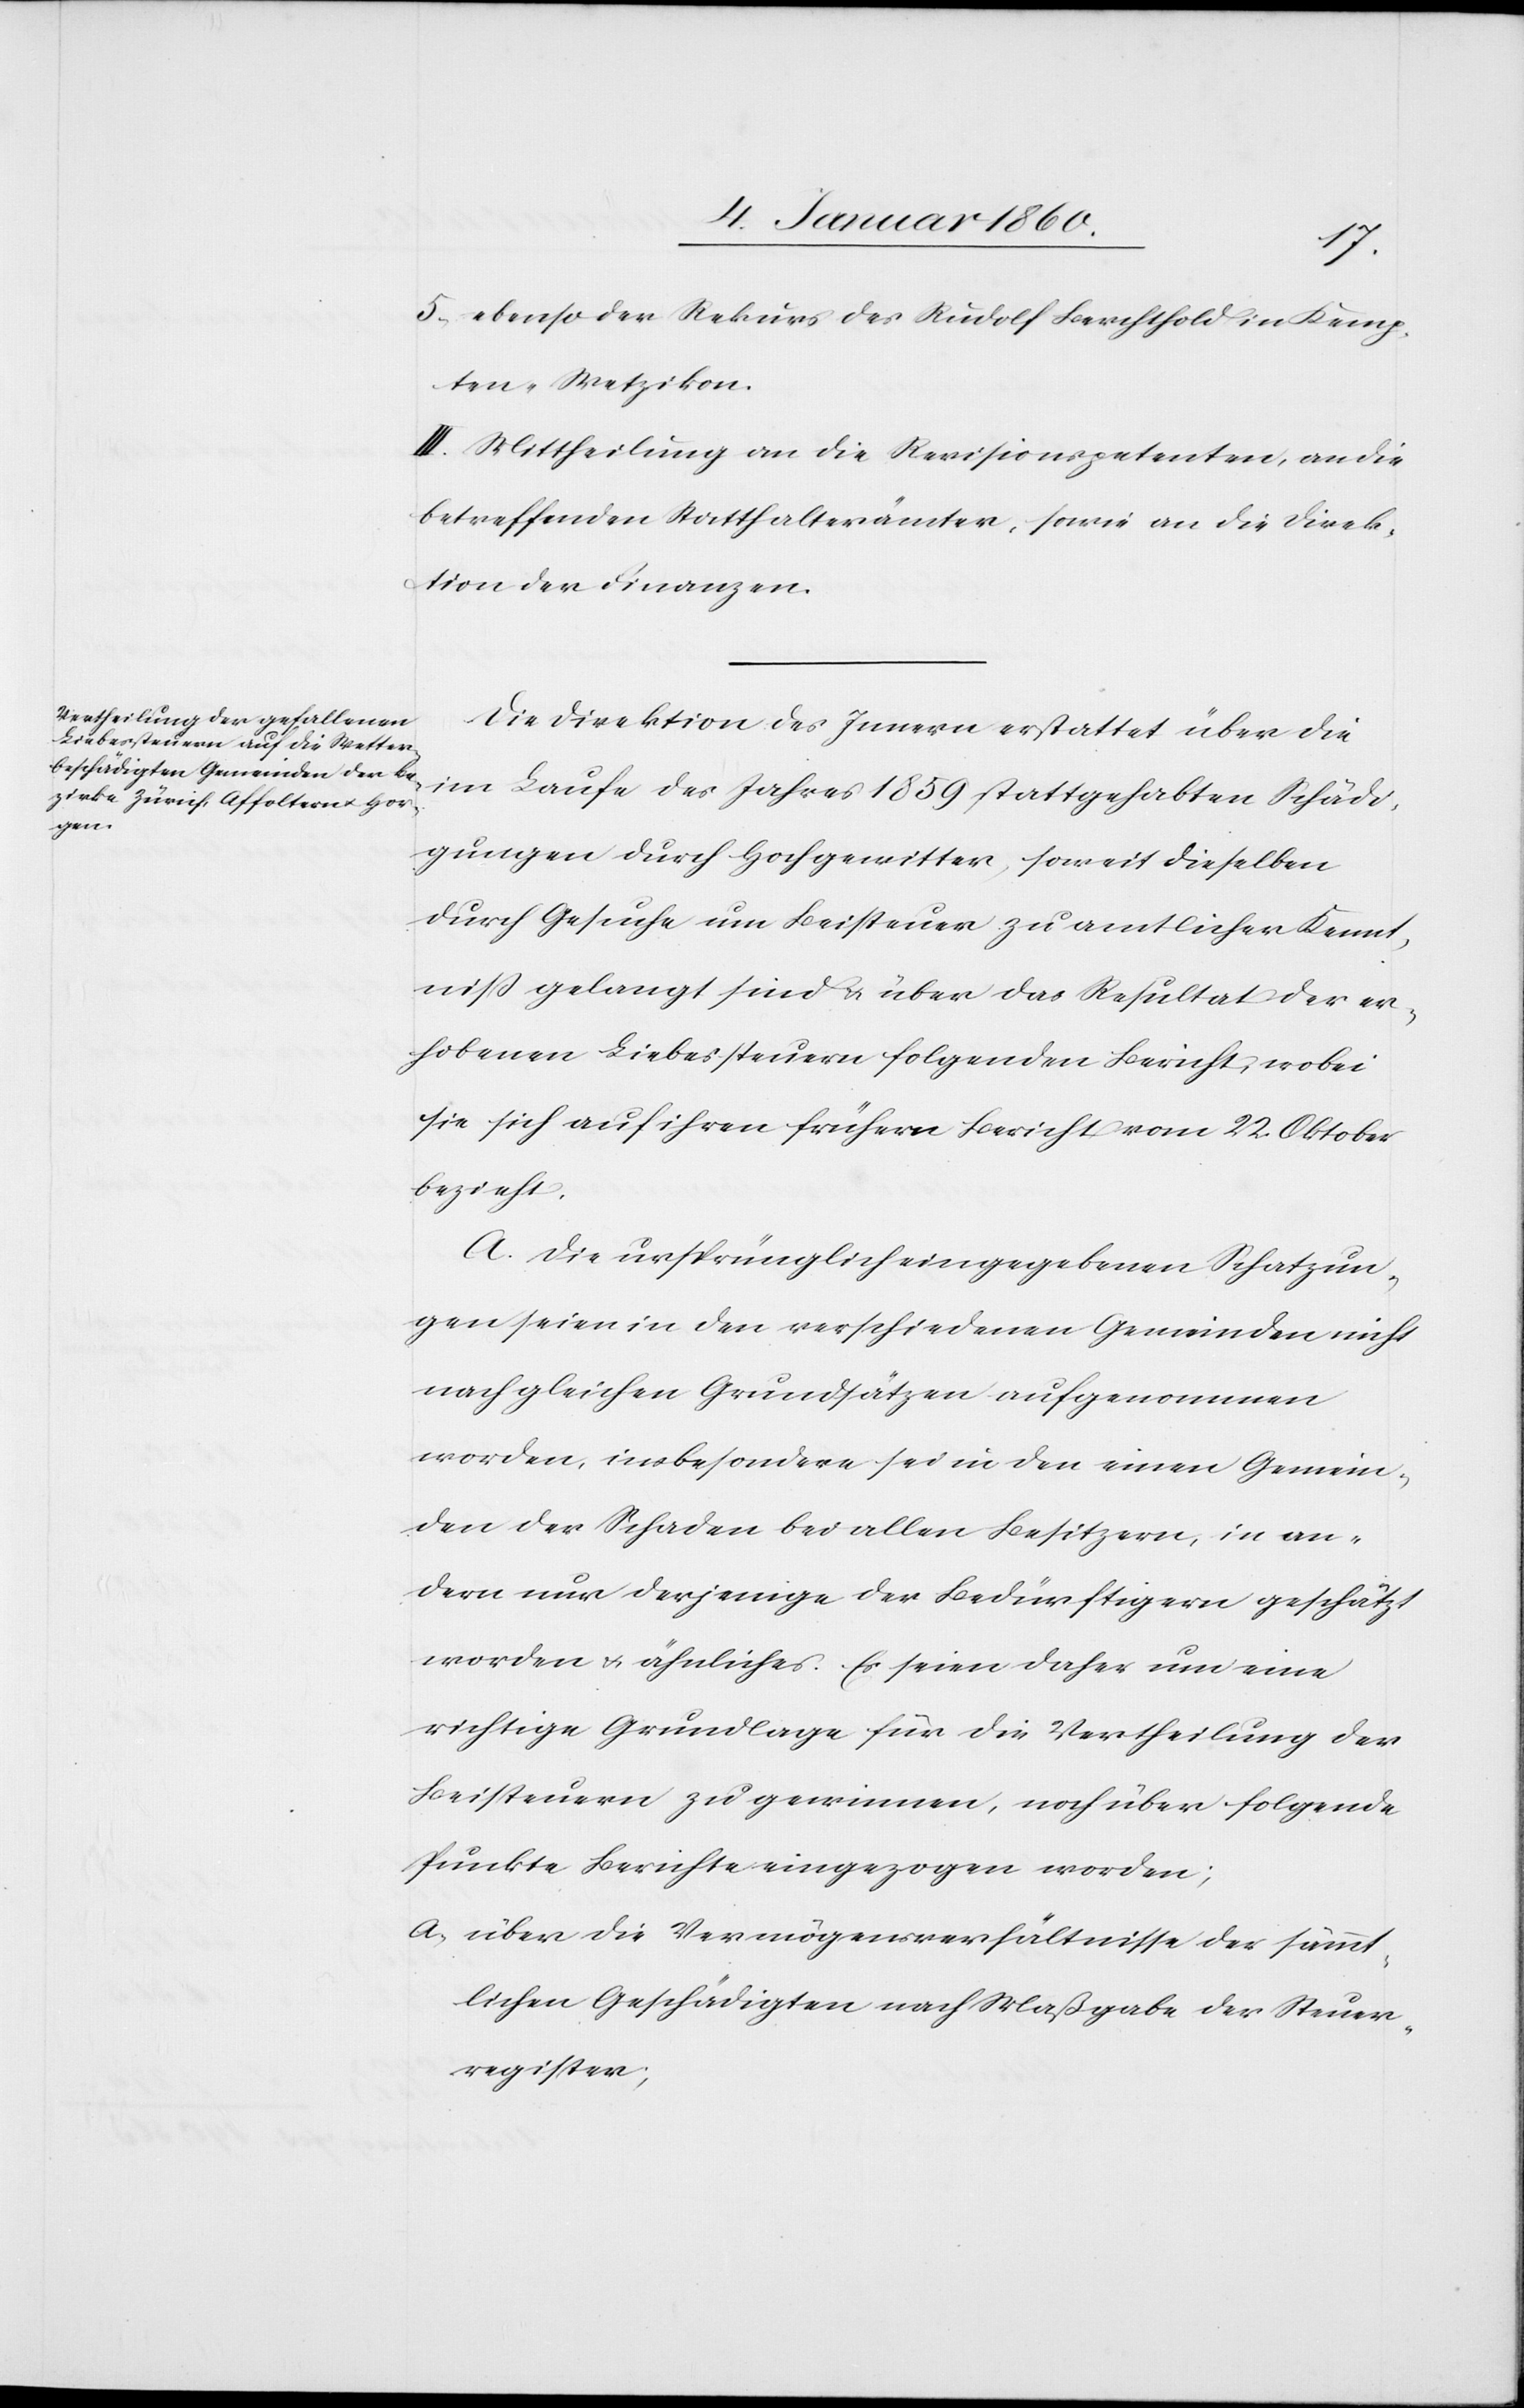
5. ebenso der Rekurs des Rudolf Berchthold in Kemp¬
ten-Wetzikon.
III. Mittheilung an die Revisionspetenten, an die
betreffenden Statthalterämter, sowie an die Direk¬
tion der Finanzen.
Die Direktion des Innern erstattet über die
im Laufe des Jahres 1859. stattgehabten Schädi¬
gungen durch Hochgewitter, soweit dieselben
durch Gesuche um Beisteuer zu amtlicher Kennt¬
niß gelangt sind u. über das Resultat der er¬
hobenen Liebessteuern folgenden Bericht, wobei
sie sich auf ihren frühern Bericht vom 22. Oktober
bezieht.
A. Die ursprünglich eingegebenen Schatzun¬
gen seien in den verschiedenen Gemeinden nicht
nach gleichen Grundsätzen aufgenommen
worden, insbesondere sei in den einen Gemein¬
den der Schaden bei allen Besitzern, in an¬
dern nur derjenige der Bedürftigern geschätzt
worden u. ähnliches. Es seien daher um eine
richtige Grundlage für die Vertheilung der
Beisteuern zu gewinnen, noch über folgende
Punkte Bericht eingezogen worden;
a. über die Vermögensverhältnisse der sämmt¬
lichen Geschädigten nach Maßgabe der Steuer¬
register.